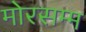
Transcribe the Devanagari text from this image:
मोरसम्म